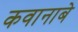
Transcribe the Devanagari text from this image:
कवानाबे